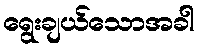
ရွေးချယ်သောအခါ